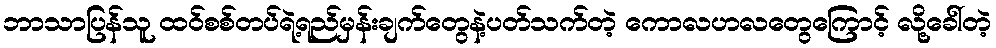
ဘာသာပြန်သူ ထဝ်စစ်တပ်ရဲ့ရည်မှန်းချက်တွေနဲ့ပတ်သက်တဲ့ ကောလဟလတွေကြောင့် လို့ခေါ်တဲ့